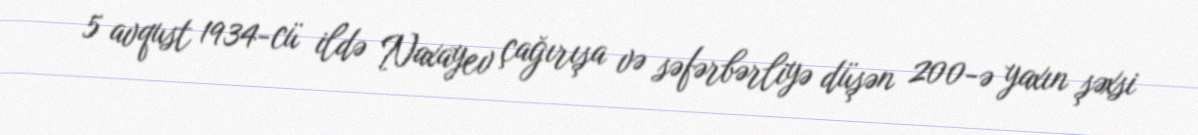
5 avqust 1934-cü ildə Naxayev çağırışa və səfərbərliyə düşən 200-ə yaxın şəxsi